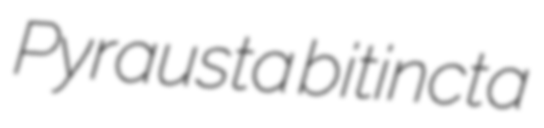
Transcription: Pyrausta bitincta